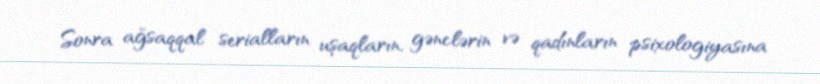
Sonra ağsaqqal serialların uşaqların, gənclərin və qadınların psixologiyasına